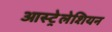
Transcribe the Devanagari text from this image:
आस्ट्रेलेशियन